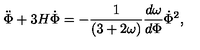
{ { \ddot { \Phi } + 3 H \dot { \Phi } = - { \frac { 1 } { ( 3 + 2 \omega ) } } { \frac { d \omega } { d \Phi } } \dot { \Phi } ^ { 2 } } , }